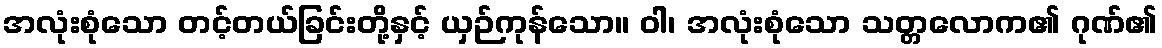
အလုံးစုံသော တင့်တယ်ခြင်းတို့နှင့် ယှဉ်ကုန်သော။ ဝါ၊ အလုံးစုံသော သတ္တလောက၏ ဂုဏ်၏